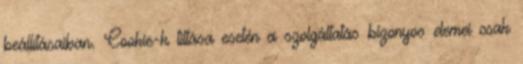
beállításaiban. Cookie-k tiltása esetén a szolgáltatás bizonyos elemei csak